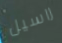
راسيل